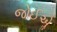
જોઈએૢ